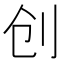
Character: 创